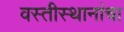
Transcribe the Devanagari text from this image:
वस्तीस्थानांचा